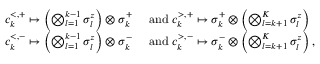
\begin{array} { r l } { c _ { k } ^ { < , + } \mapsto \left( \bigotimes _ { l = 1 } ^ { k - 1 } \sigma _ { l } ^ { z } \right) \otimes \sigma _ { k } ^ { + } } & { \mathrm { ~ a n d ~ } c _ { k } ^ { > , + } \mapsto \sigma _ { k } ^ { + } \otimes \left( \bigotimes _ { l = k + 1 } ^ { K } \sigma _ { l } ^ { z } \right) } \\ { c _ { k } ^ { < , - } \mapsto \left( \bigotimes _ { l = 1 } ^ { k - 1 } \sigma _ { l } ^ { z } \right) \otimes \sigma _ { k } ^ { - } } & { \mathrm { ~ a n d ~ } c _ { k } ^ { > , - } \mapsto \sigma _ { k } ^ { - } \otimes \left( \bigotimes _ { l = k + 1 } ^ { K } \sigma _ { l } ^ { z } \right) , } \end{array}